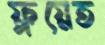
ফ্লয়েত